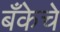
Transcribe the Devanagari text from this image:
बँकेचे